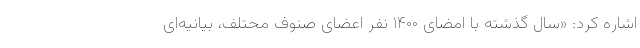
اشاره کرد:‌ «سال گذشته با امضای ۱۴۰۰ نفر اعضای صنوف محتلف، بیانیه‌ای